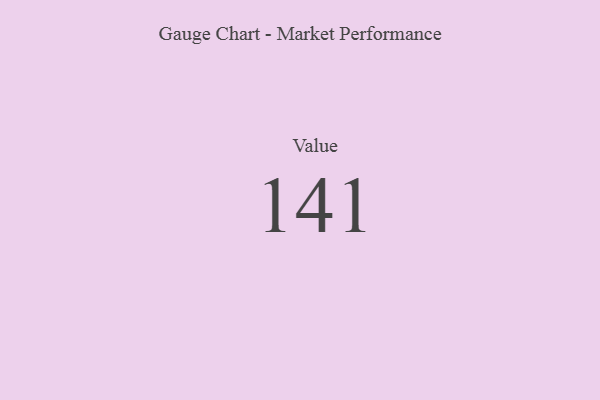
{"axis": {"x": "Metric", "y": "Value"}, "legend": [""], "data": [{"x": "Value", "y": 141, "type": ""}]}